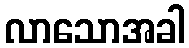
လာသောအခါ